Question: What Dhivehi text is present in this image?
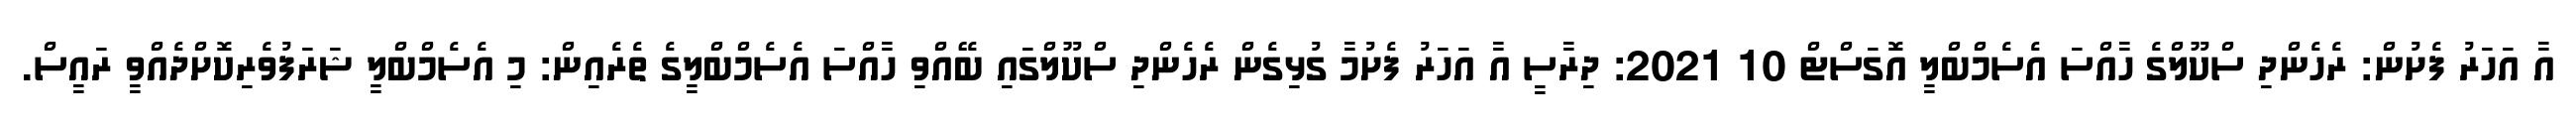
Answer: އާ އަހަރު ފެށުން: ރެހެންދި ސްކޫލްގެ ހާއްސަ އެސެމްބްލީ އޮގަސްޓް 10 2021: ދިރާސީ އާ އަހަރު ފެށުމާ ގުޅިގެން ރެހެންދި ސްކޫލްގައި ބޭއްވި ހާއްސަ އެސެމްބްލީގެ ތެރެއިން: މި އެސެމްބްލީ ޝަރަފުވެރިކޮށްދެއްވީ ރައީސް.